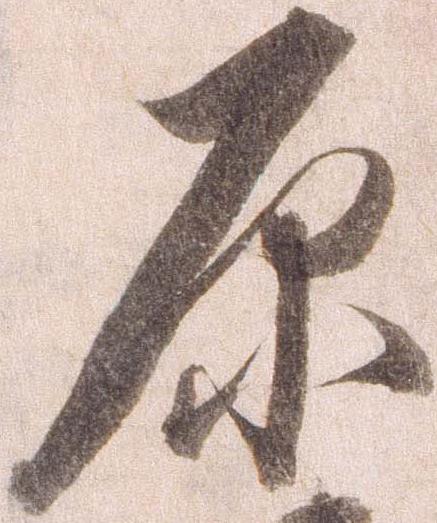
原